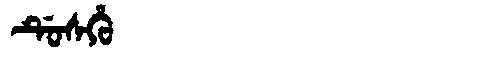
Manchu: ᡩᡠᠰᡥᡠ
Romanization: DUSHU